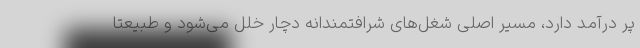
پر درآمد دارد، مسیر اصلی شغل‌های شرافتمندانه دچار خلل می‌شود و طبیعتاً